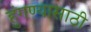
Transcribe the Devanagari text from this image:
हुंगण्यासाठी